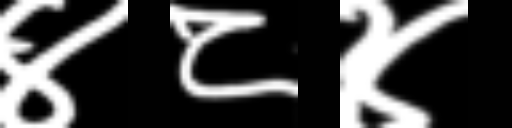
Text: ४८४